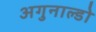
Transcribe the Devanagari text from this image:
अगुनाल्डो